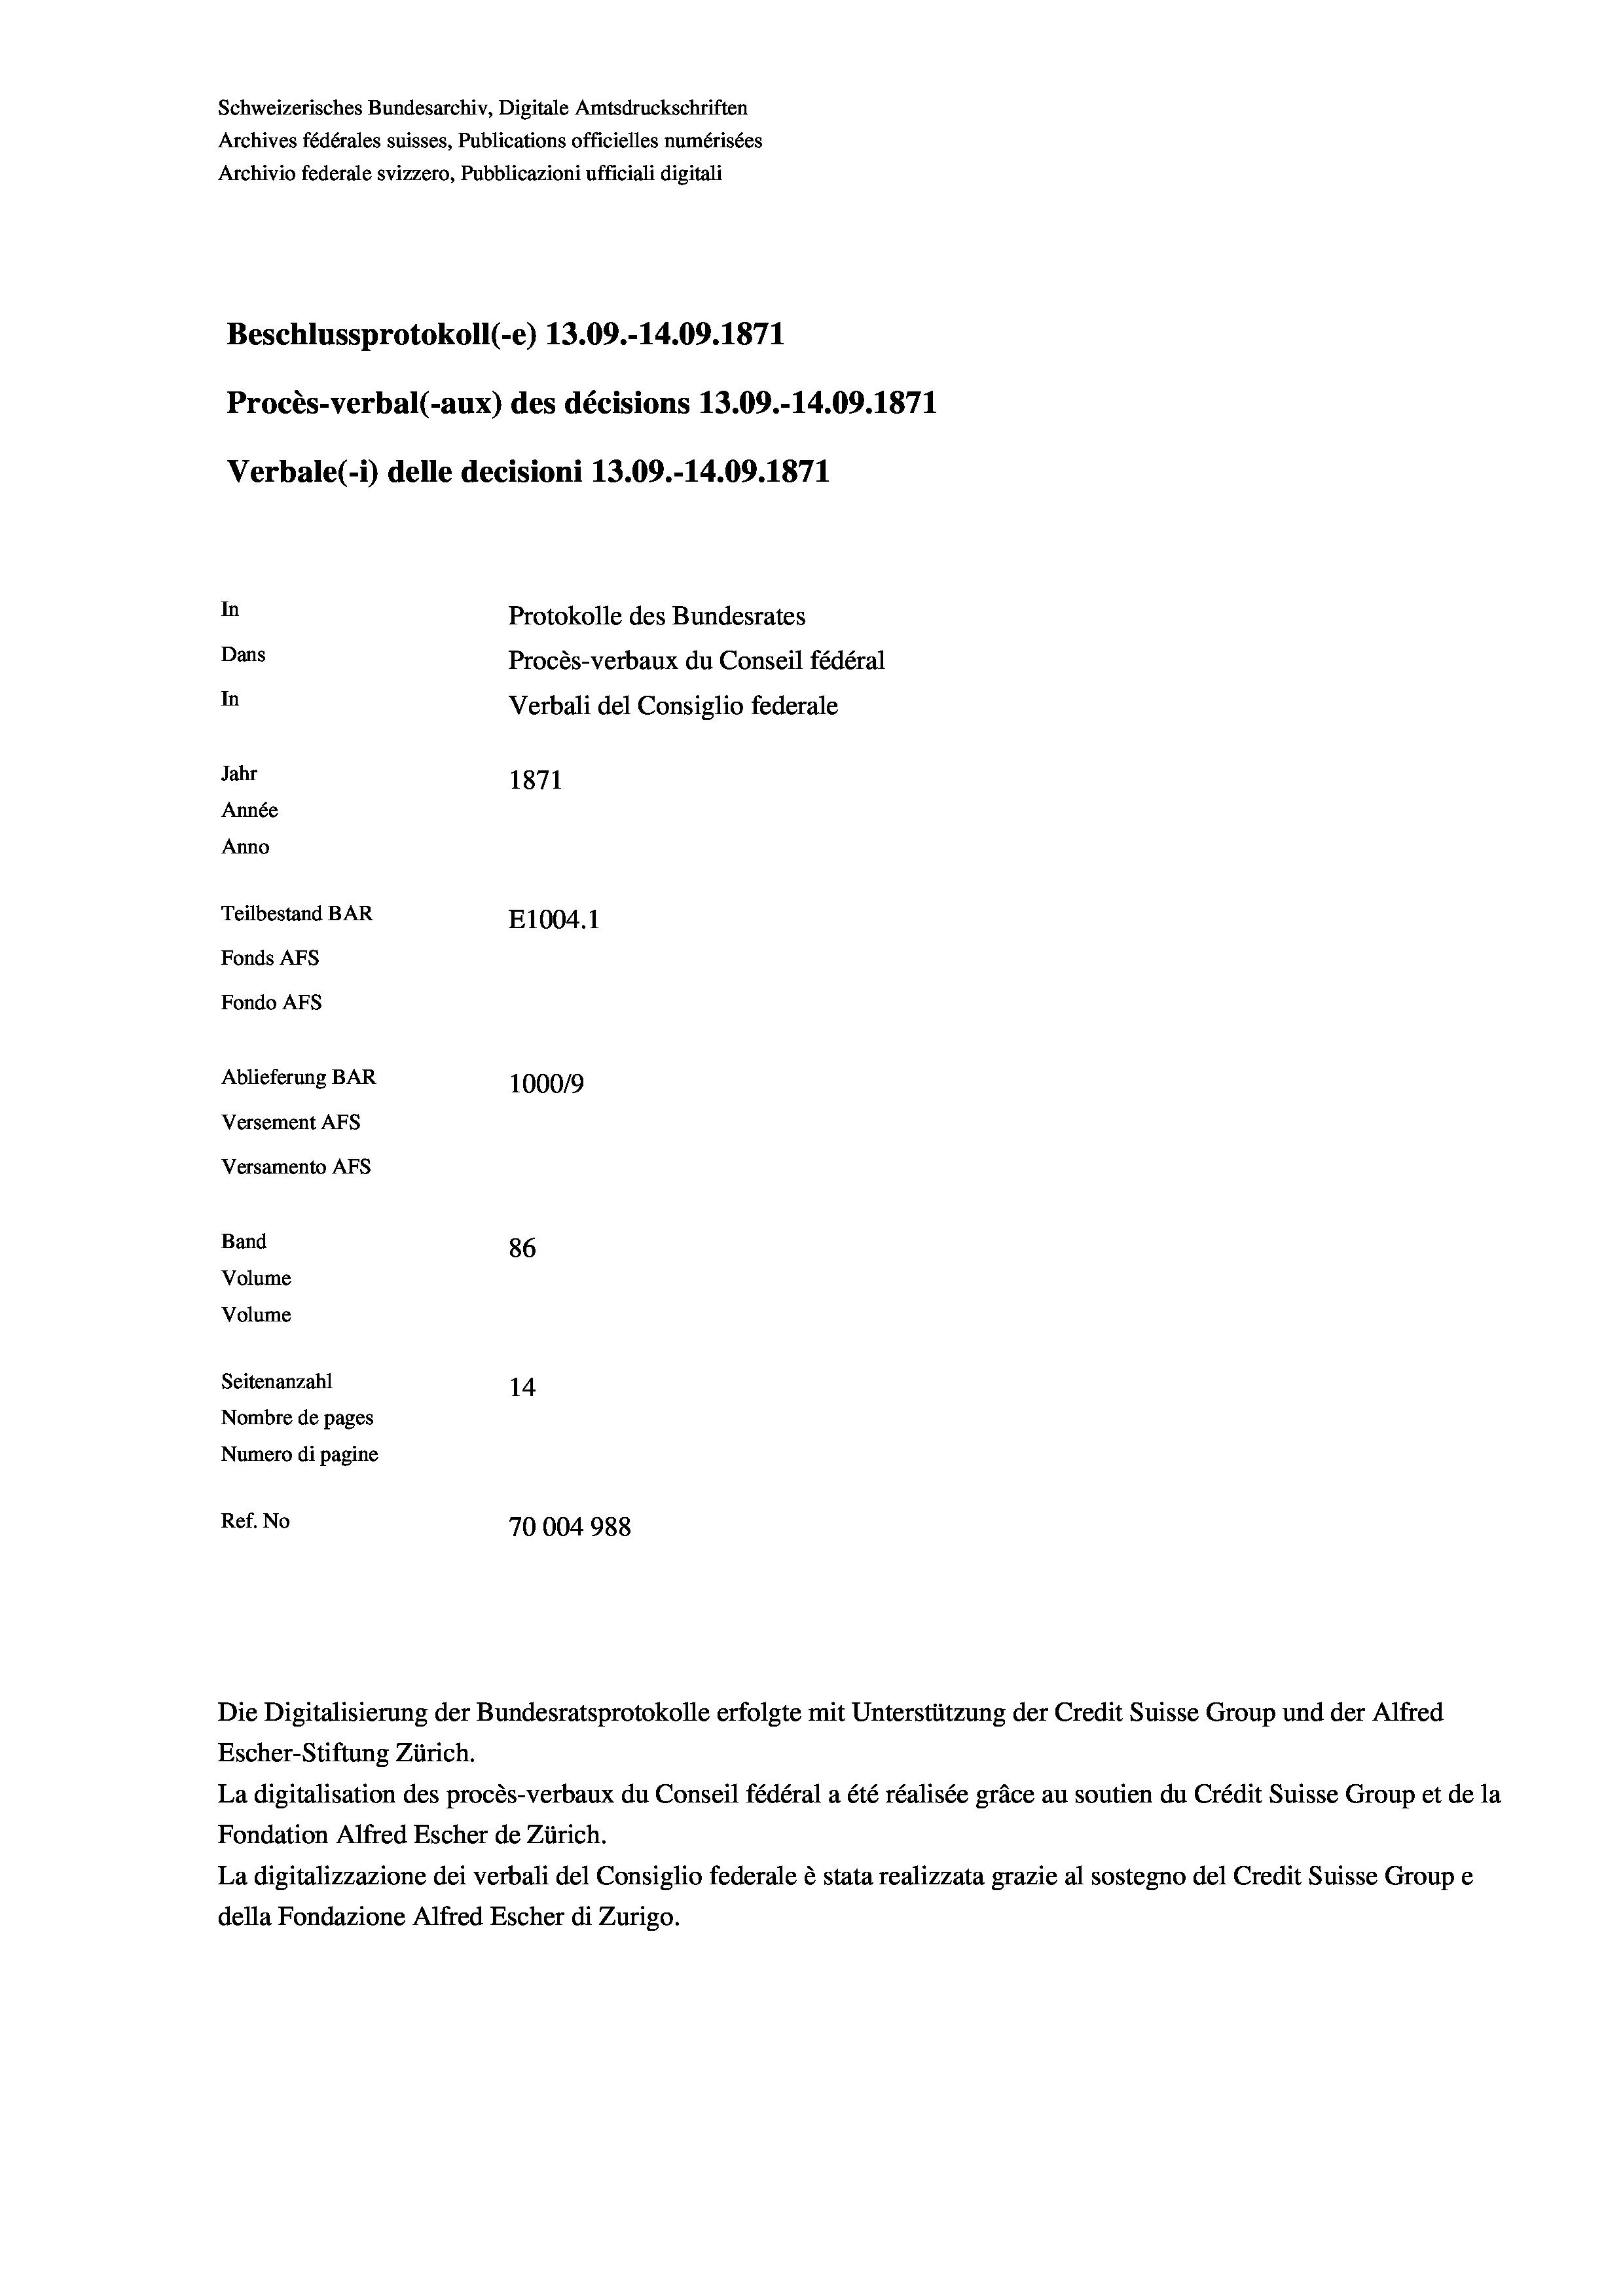
Schweizerisches Bundesarchiv, Digitale Amtsdruckschriften
Archives fédérales suisses, Publications officielles numérisées
Archivio federale svizzero, Pubblicazioni ufficiali digitali
Beschlussprotokoll (-e) 13.09.-14.09. 1871
Procès-verbal (-aux) des décisions 13.09.-14.09. 1871
Verbale (- 1) delle decisioni 13.09.-14.09. 1871
In
Protokolle des Bundesrates
Dans
Procès-verbaux du Conseil fédéral
In
Verbali del Consiglio federale
Jahr
1871
Année
Anno
Teilbestand BAR
E1004. 1
Fonds AFs
Fondo Afs
Ablieferung BAR
100019
Versement AFs
Versamento AFs
Band
86
Volume
Volume
Seitenanzahl
14
Nombre de pages
Numero di pagine
Ref. No
70004988

Die Digitalisierung der Bundesratsprotokolle erfolgte mit Unterstützung der Credit Suisse Group und der Alfred
Escher-Stiftung Zürich.
La digitalisation des procès-verbaux du Conseil fédéral a été réalisée gräce au soutien du Crédit Suisse Group et de la
Fondation Alfred Escher de Zürich.
La digitalizzazione dei verbali del Consiglio federale è stata realizzata grazie al sostegno del Credit Suisse Groupe
della Fondazione Alfred Escher di Zurigo.